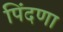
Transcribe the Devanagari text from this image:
पिंदणा